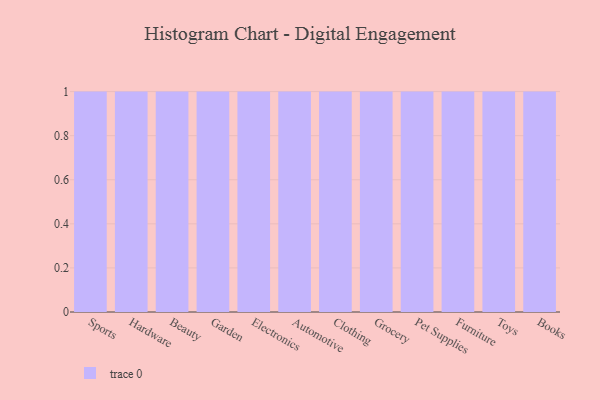
{"axis": {"x": "Category", "y": "Net Income (USD K)"}, "legend": [""], "data": [{"x": "Sports", "y": 67, "type": ""}, {"x": "Hardware", "y": 68, "type": ""}, {"x": "Beauty", "y": 59, "type": ""}, {"x": "Garden", "y": 68, "type": ""}, {"x": "Electronics", "y": 56, "type": ""}, {"x": "Automotive", "y": 93, "type": ""}, {"x": "Clothing", "y": 65, "type": ""}, {"x": "Grocery", "y": 51, "type": ""}, {"x": "Pet Supplies", "y": 14, "type": ""}, {"x": "Furniture", "y": 8, "type": ""}, {"x": "Toys", "y": 60, "type": ""}, {"x": "Books", "y": 3, "type": ""}]}